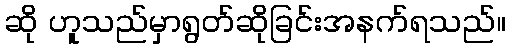
ဆို ဟူသည်မှာရွတ်ဆိုခြင်းအနက်ရသည်။